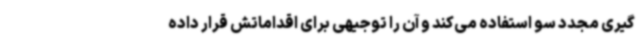
گیری مجدد سو استفاده می‌کند و آن را توجیهی برای اقداماتش قرار داده